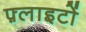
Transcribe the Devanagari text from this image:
फ़्लाइटों